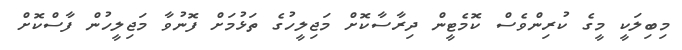
މިބިލަކީ މީގެ ކުރިންވެސް ކޮމެޓީން ދިރާސާކޮށް މަޖިލީހުގެ ތަޅުމަށް ފޮނުވާ މަޖިލީހުން ފާސްކޮށް